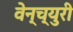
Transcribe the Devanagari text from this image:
वेन्च्युरी